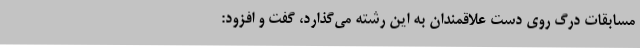
مسابقات درگ روی دست علاقمندان به این رشته می‌گذارد، گفت و افزود: